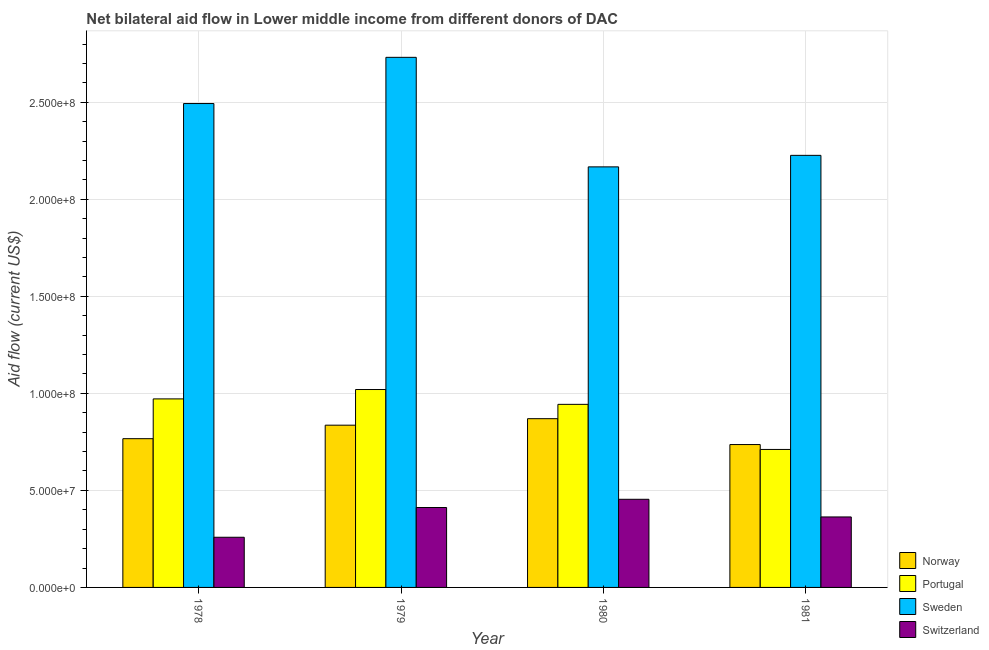
| Year | Norway | Portugal | Sweden | Switzerland |
 | --- | --- | --- | --- | --- |
 | 1978 | 7.66e+07 | 9.71e+07 | 2.49e+08 | 2.58e+07 |
 | 1979 | 8.36e+07 | 1.02e+08 | 2.73e+08 | 4.12e+07 |
 | 1980 | 8.7e+07 | 9.43e+07 | 2.17e+08 | 4.54e+07 |
 | 1981 | 7.36e+07 | 7.11e+07 | 2.23e+08 | 3.63e+07 |